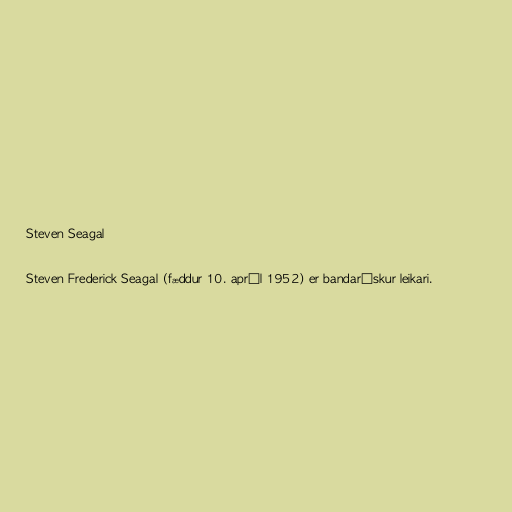
Steven Seagal

Steven Frederick Seagal (fæddur 10. apríl 1952) er bandarískur leikari.